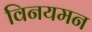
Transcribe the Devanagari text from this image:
विनयमन